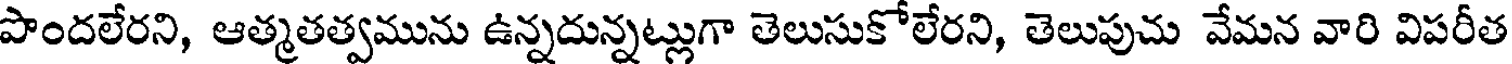
పొందలేరని, ఆత్మతత్వమును ఉన్నదున్నట్లుగా తెలుసుకోలేరని, తెలుపుచు వేమన వారి విపరీత